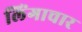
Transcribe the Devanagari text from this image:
लिंगाचार